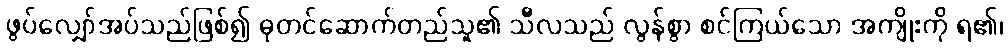
ဖွပ်လျှော်အပ်သည်ဖြစ်၍ ဓုတင်ဆောက်တည်သူ၏ သီလသည် လွန်စွာ စင်ကြယ်သော အကျိုးကို ရ၏၊